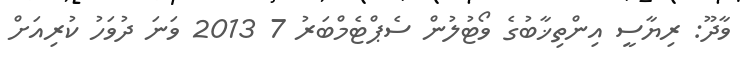
ވާދޫ: ރިޔާސީ އިންތިޚާބުގެ ވޯޓުލުން ސެޕްޓެމްބަރު 7 2013 ވަނަ ދުވަހު ކުރިއަށް